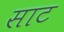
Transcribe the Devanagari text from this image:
साट